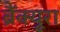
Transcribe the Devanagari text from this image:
ब्रैंक्यूरा